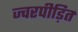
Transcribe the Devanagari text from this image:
ज्वरपीड़ित